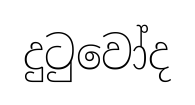
දුටුවෝද